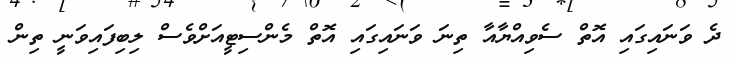
ދެ ވަނައިގައި އޮތް ސެވިއްޔާއާ ތިނަ ވަނައިގައި އޮތް މެންސިޓީއަށްވެސް ލިބިފައިވަނީ ތިން